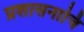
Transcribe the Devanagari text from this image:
प्रशासनाचि